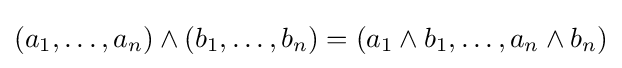
(a_{1},\dots ,a_{n})\land (b_{1},\dots ,b_{n})=(a_{1}\land b_{1},\dots ,a_{n}\land b_{n})